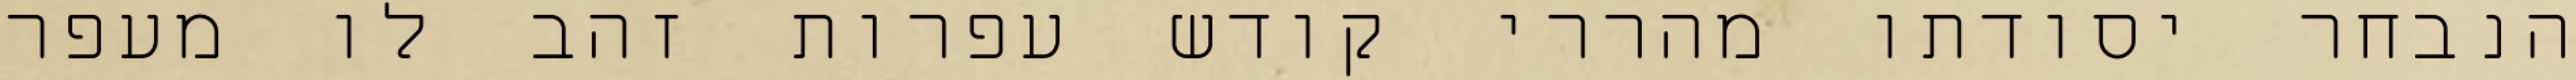
הנבחר יסודתו מהררי קודש עפרות זהב לו מעפר